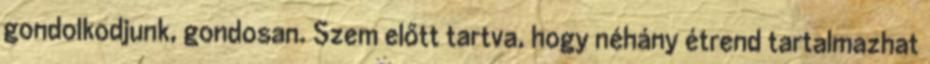
gondolkodjunk, gondosan. Szem előtt tartva, hogy néhány étrend tartalmazhat